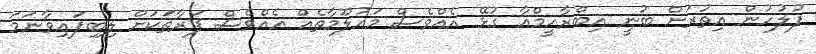
ފުލުހުން އިތުރަށް ބުނީ އިބްރާހީމްއާ ގުޅޭ އެއްވެސް މައުލޫމާތެއް އެއްވެސް ފަރާތަކަށް ލިބިފައިވާނަމަ